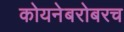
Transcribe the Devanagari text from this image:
कोयनेबरोबरच